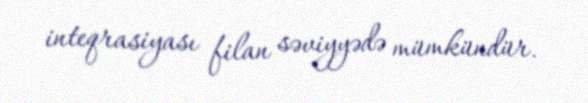
inteqrasiyası filan səviyyədə mümkündür.